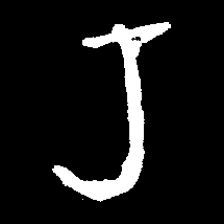
Pyu character \u2014 Myanmar letter: ရ (romanized: ra)